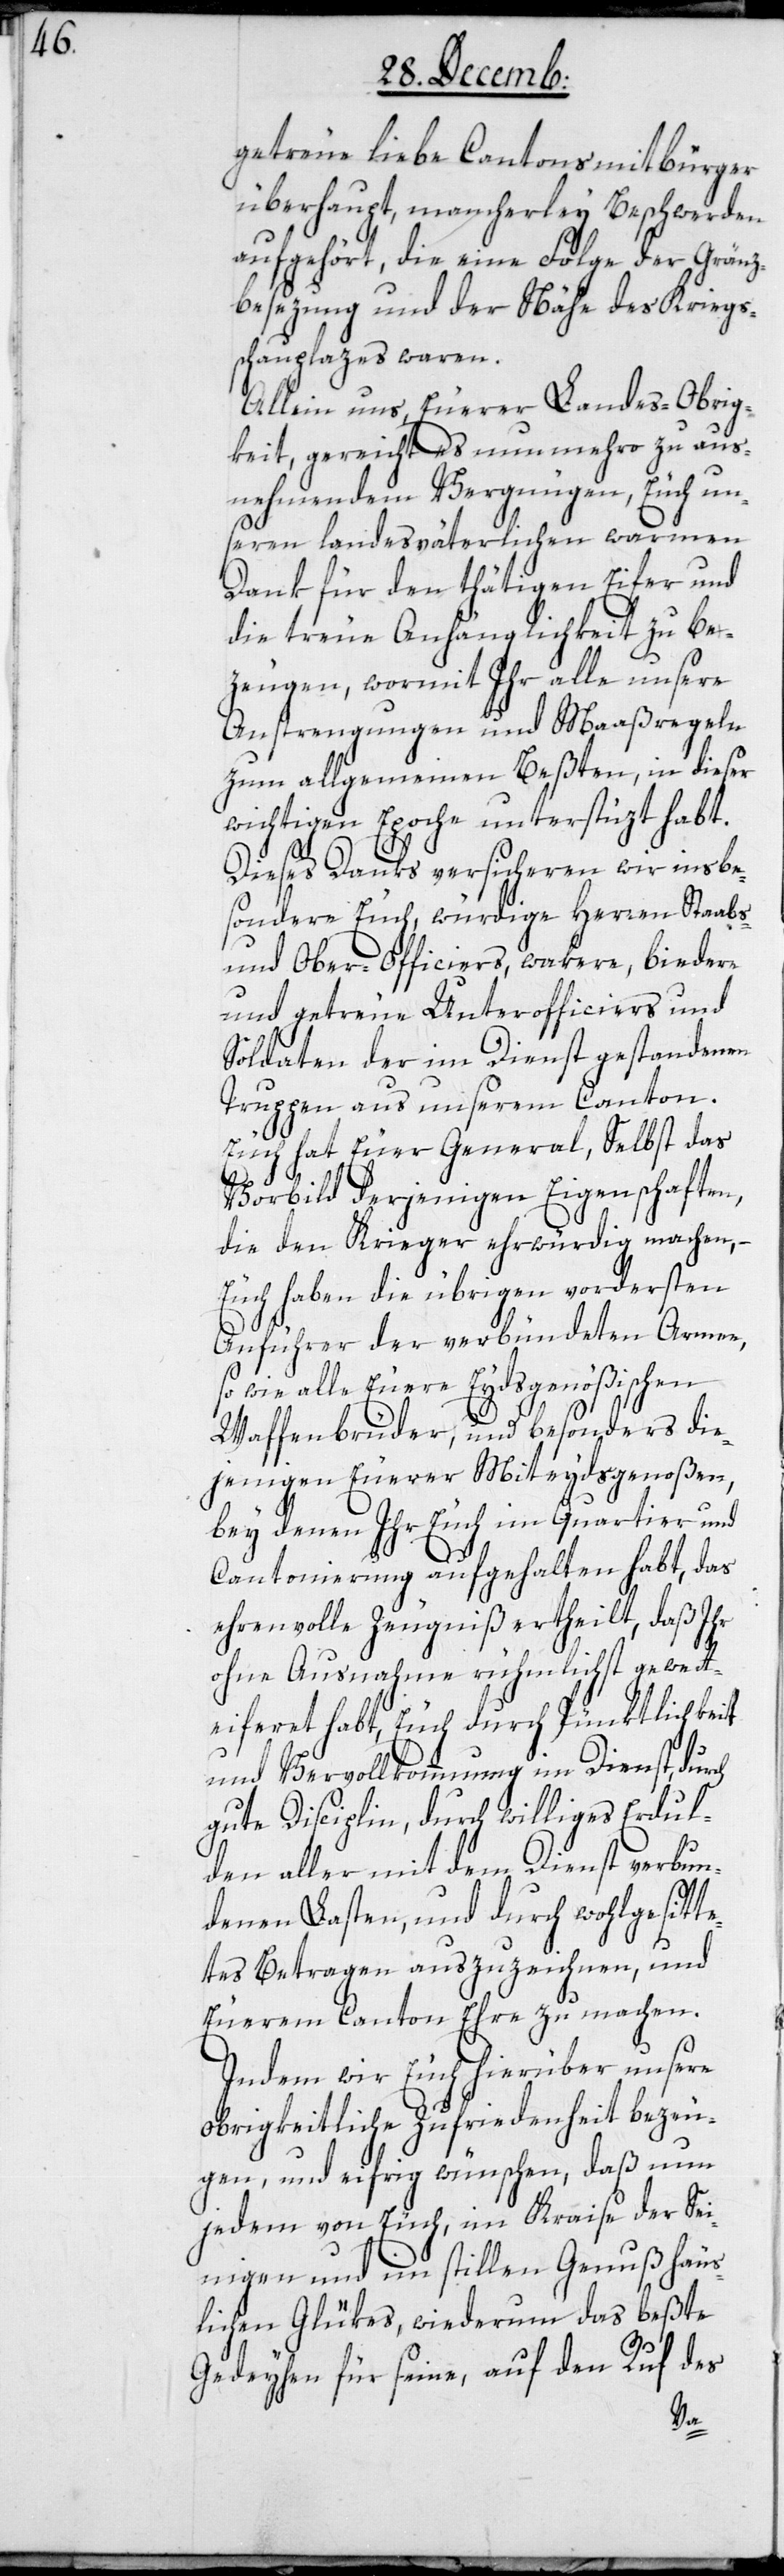
getreue liebe Cantonsbürger
überhaupt, mancherley Beschwerden
aufgehört, die eine Folge der Gränz¬
besezung und der Nähe des Kriegs¬
schauplazes waren.
Allein uns, Euerer Landes-Obrig¬
keit, gereicht es nunmehro zu aus¬
nehmendem Vergnügen, Euch un¬
seren landesväterlichen warmen
Dank für den thätigen Eifer und
die treue Anhänglichkeit zu be¬
zeugen, wormit Ihr alle unsere
Anstrengungen und Maaßregeln
zum allgemeinen Beßten, in dieser
wichtigen Epoche unterstüzt habt.
ch
Dieses Danks versicheren wir insbe¬
sondere Ruch, würdige Herren Staabs-
und Ober-Officiers, wakere, biedere
und getreue Unterofficiers und
Soldaten der im Dienst gestandenen
Truppen aus unserem Canton.
Euch hat Euer General, selbst das
Vorbild derjenigen Eigenschaften,
die den Krieger ehrwürdig machen, –
Euch haben die übrigen vordersten
Anführer der verbündeten Armee,
so wie alle Euere Eydsgenößischen
Waffenbrüder, und besonders die¬
jenigen Euerer Miteydsgenoßen,
bey denen Ihr Euch im Quartier und
Cantonierung aufgehalten habt, das
ehrenvolle Zeugniß ertheilt, daß Ihr
ohne Ausnahme rühmlichst gewet¬
teiferet habt, Euch durch Pünktlichkeit
und Vervollkommnung im Dienst, dur¬
gute Disciplin, durch williges Erdul¬
den aller mit dem Dienst verbun¬
denen Lasten, und durch wohlgesitte¬
tes Betragen, auszuzeichnen, und
Euerem Canton Ehre zu machen.
Indem wir Euch hierüber unsere
obrigkeitliche Zufriedenheit bezeu¬
gen, und eifrig wünschen, daß nun
jedem von Euch, im Kraise der Sei¬
nigen und im stillen Genuß häus¬
lichen Glükes, wiederum das beßte
Gedeyhen für seine, auf den Ruf des